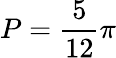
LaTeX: P=\frac{5}{12}\pi